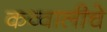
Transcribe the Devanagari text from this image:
कव्वालीचे